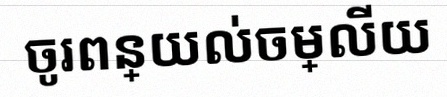
ចូរពន្យល់ចម្លើយ